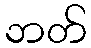
ဘတ်